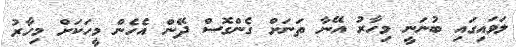
ލަވައިގައި ބުނަނީ މިހާރު އޭނާ ތަނަށް ގެންގޮސް ދޭން އެހެން މީހަކަށް މިހާރު